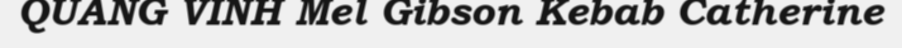
QUANG VINH Mel Gibson Kebab Catherine